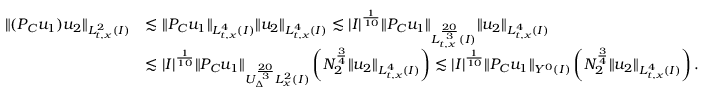
\begin{array} { r l } { \| ( P _ { C } u _ { 1 } ) u _ { 2 } \| _ { L _ { t , x } ^ { 2 } ( I ) } } & { \lesssim \| P _ { C } u _ { 1 } \| _ { L _ { t , x } ^ { 4 } ( I ) } \| u _ { 2 } \| _ { L _ { t , x } ^ { 4 } ( I ) } \lesssim | I | ^ { \frac { 1 } { 1 0 } } \| P _ { C } u _ { 1 } \| _ { L _ { t , x } ^ { \frac { 2 0 } { 3 } } ( I ) } \| u _ { 2 } \| _ { L _ { t , x } ^ { 4 } ( I ) } } \\ & { \lesssim | I | ^ { \frac { 1 } { 1 0 } } \| P _ { C } u _ { 1 } \| _ { U _ { \Delta } ^ { \frac { 2 0 } { 3 } } L _ { x } ^ { 2 } ( I ) } \left( N _ { 2 } ^ { \frac { 3 } { 4 } } \| u _ { 2 } \| _ { L _ { t , x } ^ { 4 } ( I ) } \right) \lesssim | I | ^ { \frac { 1 } { 1 0 } } \| P _ { C } u _ { 1 } \| _ { Y ^ { 0 } ( I ) } \left( N _ { 2 } ^ { \frac { 3 } { 4 } } \| u _ { 2 } \| _ { L _ { t , x } ^ { 4 } ( I ) } \right) . } \end{array}